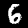
Label: 6